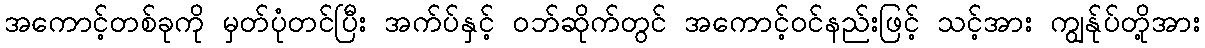
အကောင့်တစ်ခုကို မှတ်ပုံတင်ပြီး အက်ပ်နှင့် ဝဘ်ဆိုက်တွင် အကောင့်ဝင်နည်းဖြင့် သင့်အား ကျွန်ုပ်တို့အား